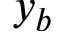
y _ { b }